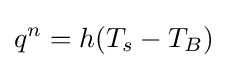
q^{n}=h(T_{s}-T_{B})